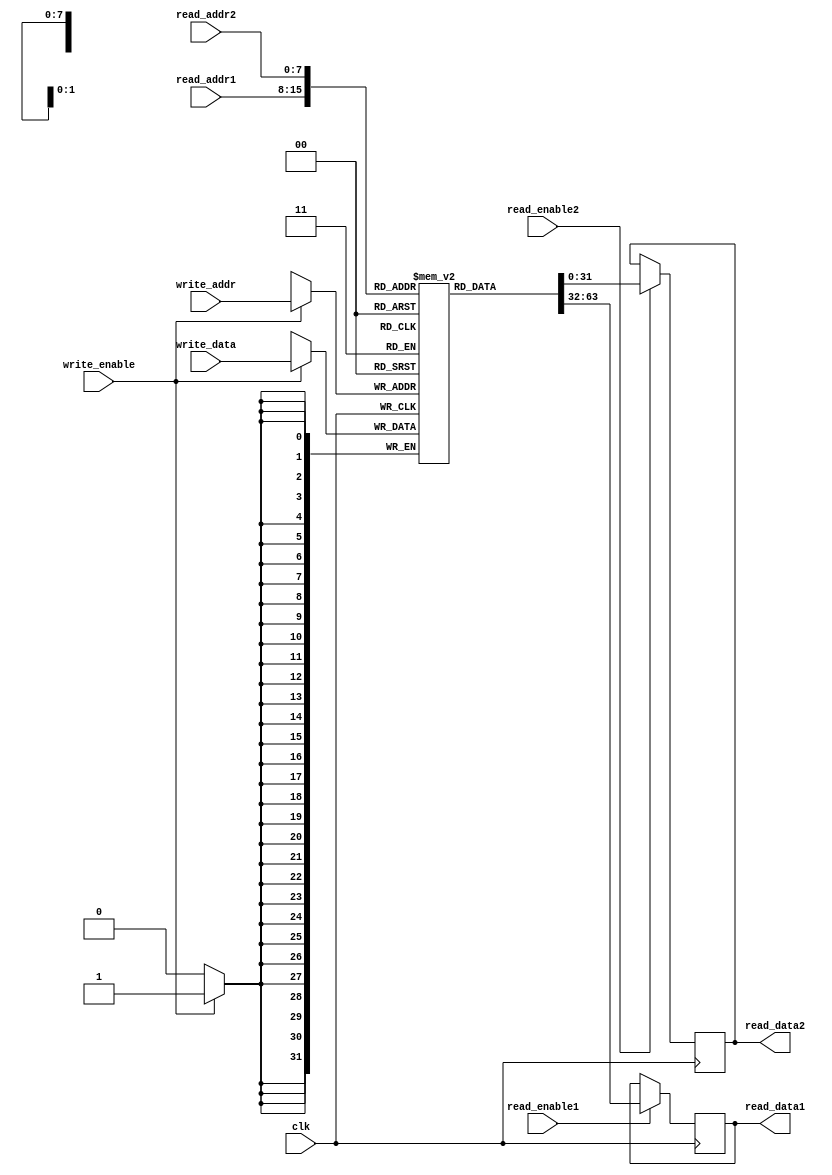
module MemoryBlockShadowRegFile(
    input wire clk,
    input wire [7:0] read_addr1,
    input wire [7:0] read_addr2,
    input wire [7:0] write_addr,
    input wire [31:0] write_data,
    input wire read_enable1,
    input wire read_enable2,
    input wire write_enable,
    output reg [31:0] read_data1,
    output reg [31:0] read_data2
);

reg [31:0] memory[255:0];

always @(posedge clk) begin
    if (read_enable1) begin
        read_data1 <= memory[read_addr1];
    end
    if (read_enable2) begin
        read_data2 <= memory[read_addr2];
    end
    if (write_enable) begin
        memory[write_addr] <= write_data;
    end
end

endmodule